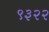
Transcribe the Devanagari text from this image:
९३२२